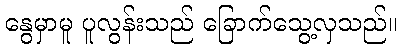
နွေမှာမူ ပူလွန်းသည် ခြောက်သွေ့လှသည်။